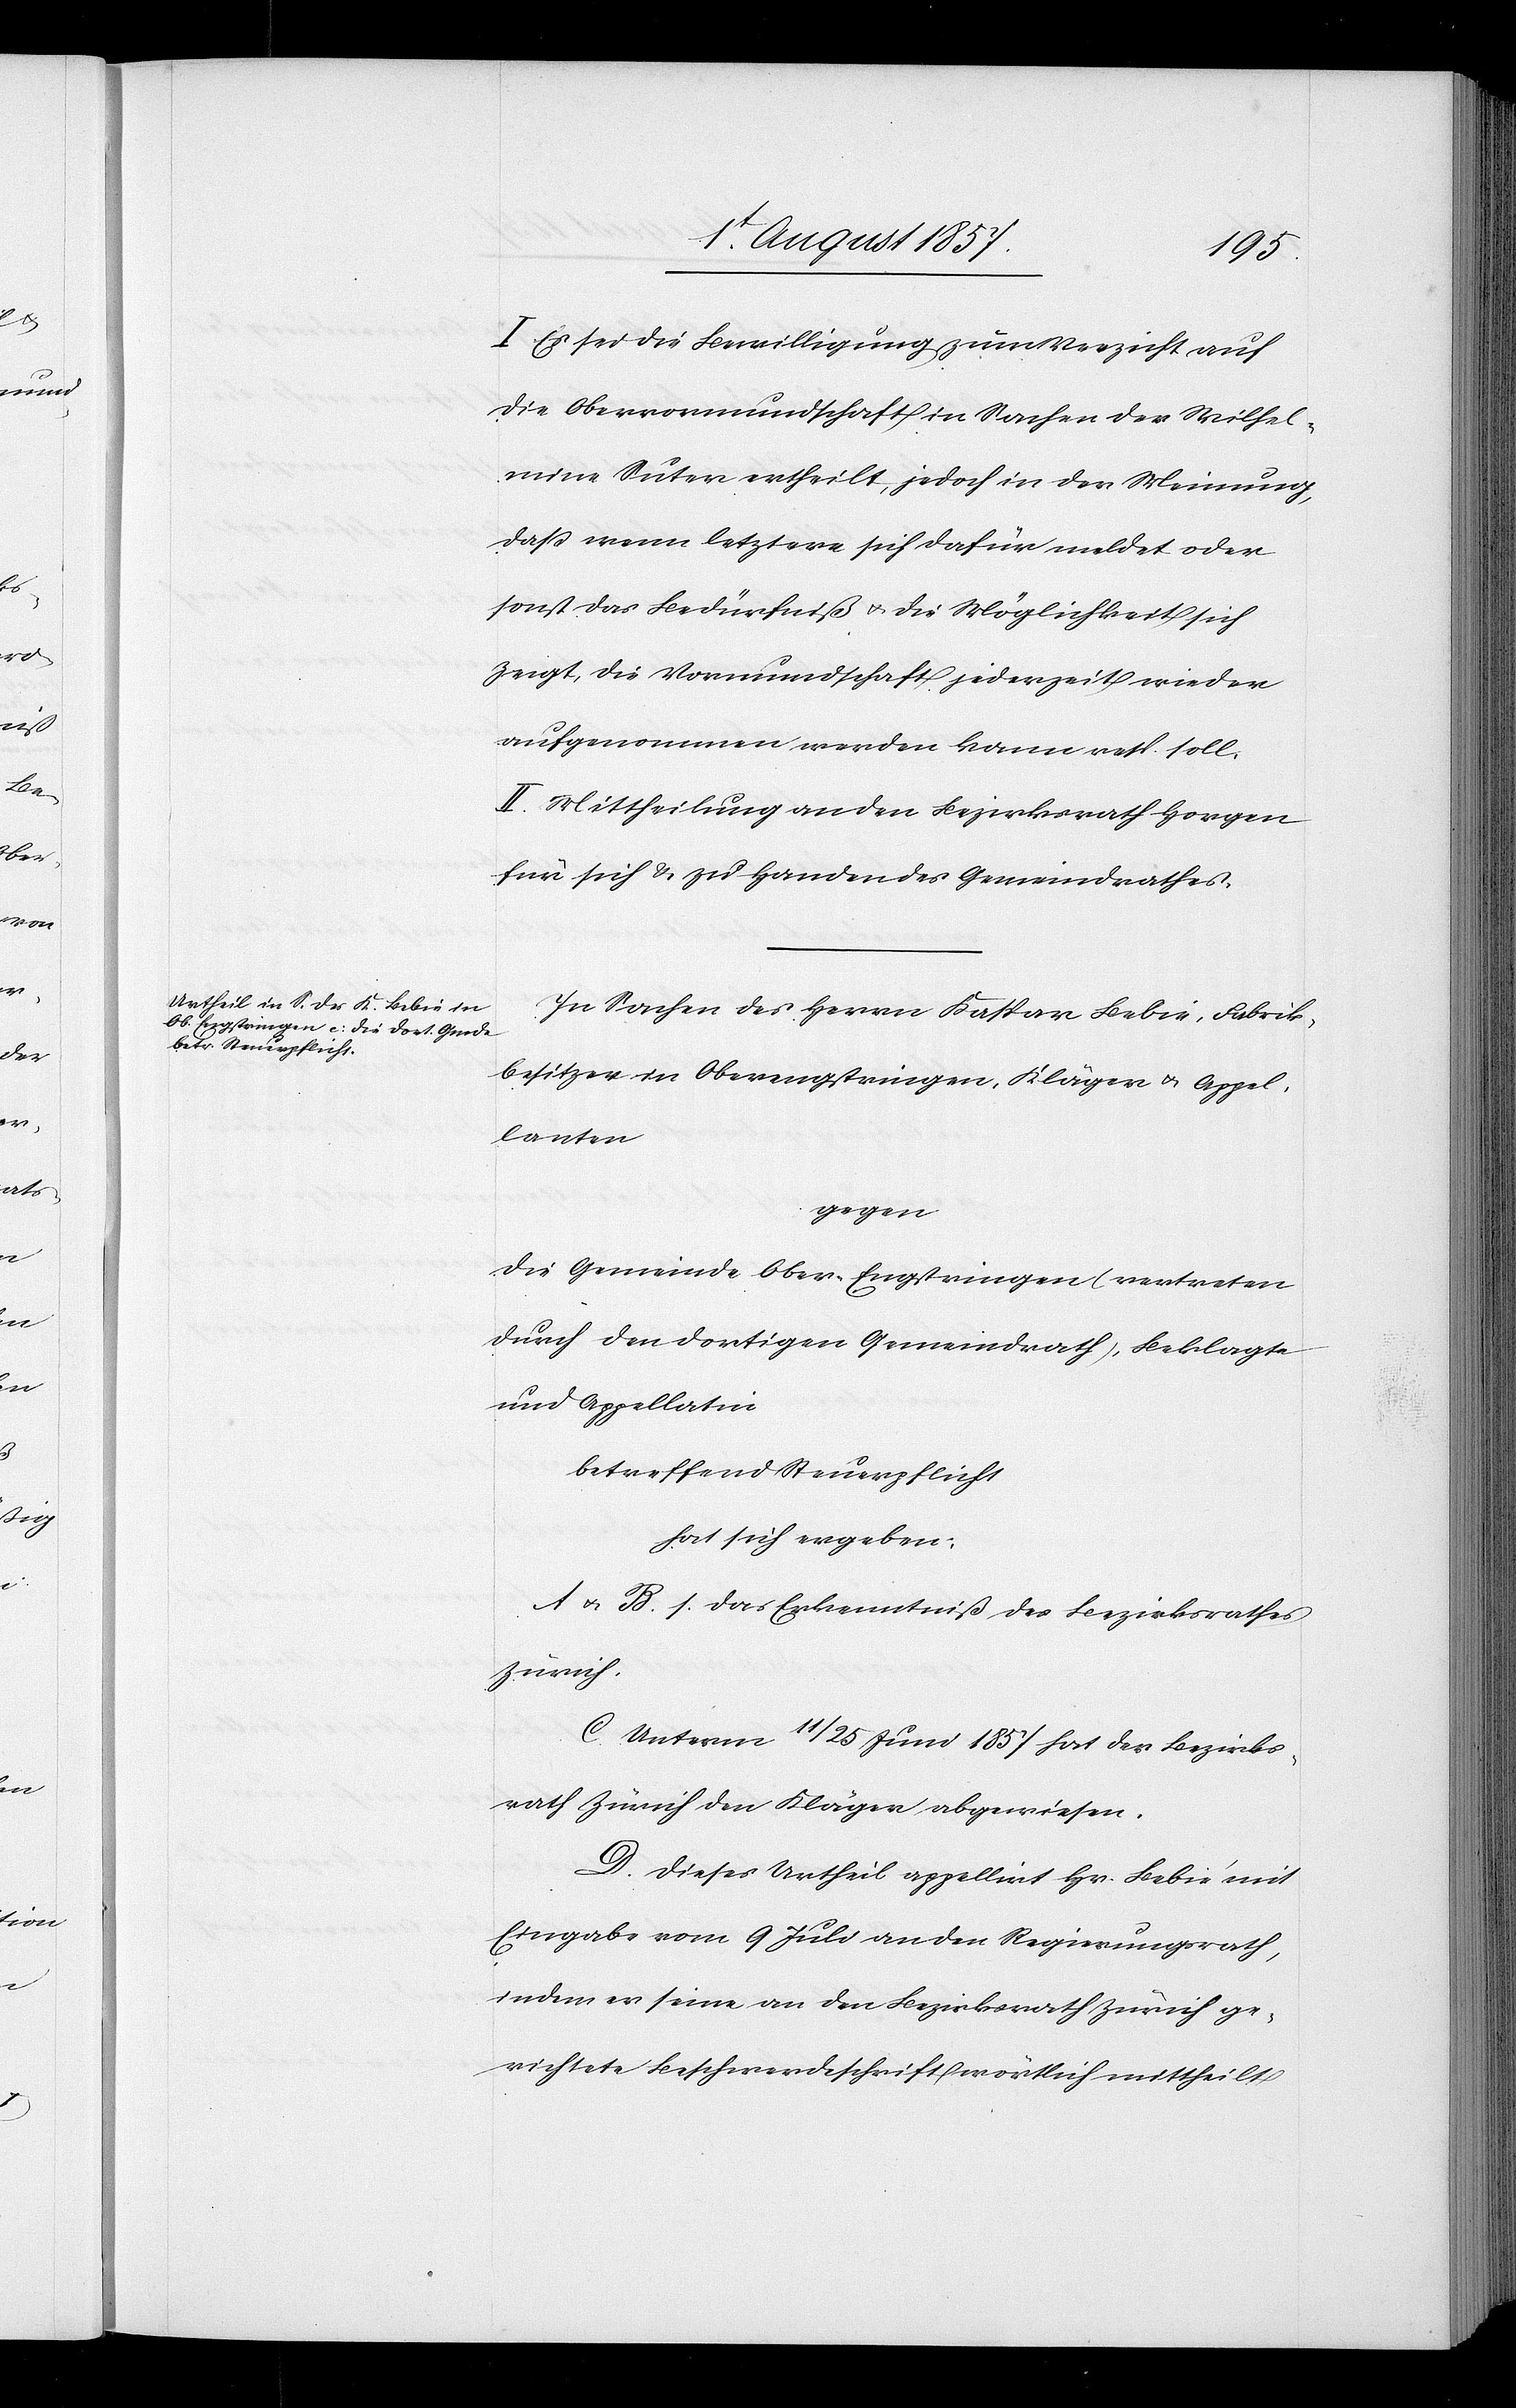
I. Es sei die Bewilligung zum Verzicht auf
die Obervormundschaft in Sachen der Wilhel¬
mine Suter ertheilt, jedoch in der Meinung,
daß wenn letztere sich dafür meldet oder
sonst das Bedürfniß & die Möglichkeit sich
zeigt, die Vormundschaft jederzeit wieder
aufgenommen werden kann resp. soll.
II. Mittheilung an den Bezirksrath Horgen
für sich & zu Handen des Gemeindrathes.
In Sachen des Herr Kaspar Bebie, Fabrik¬
besitzer in Oberengstringen, Kläger & Appel¬
lanten
gegen
die Gemeinde Ober-Engstringen (vertreten
durch den dortigen Gemeindrath), Beklagte
und Appellatin
Betreffend Steuerpflicht
hat sich ergeben:
A & B. s. das Erkenntniß des Bezirksrathes
Zürich.
C. Unterm 11/25 Juni 1857 hat der Bezirks¬
rath Zürich den Kläger abgewiesen.
D. Dieses Urtheil appellirt Hr. Bebie mit
Eingabe vom 9 Juli an den Regierungsrath,
indem er seine an den Bezirksrath Zürich ge¬
richtete Beschwerdeschrift wörtlich mittheilt